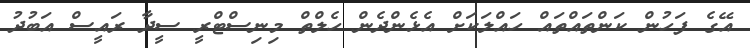
އޭގެ ފަހުން ކަންތައްތައް ހައްލަކަށް އެޅެންދެން ހެލްތް މިނިސްޓްރީ ސީދާ ރައީސް އަބުދު